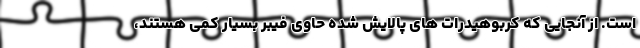
است. از آنجایی که کربوهیدرات های پالایش شده حاوی فیبر بسیار کمی هستند،